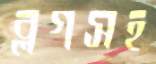
ব্লগসহ